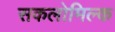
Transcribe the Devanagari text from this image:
सकलोमिल्क